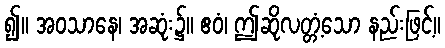
၍။ အဝသာနေ၊ အဆုံး၌။ ဧဝံ၊ ဤဆိုလတ္တံ့သော နည်းဖြင့်။